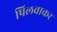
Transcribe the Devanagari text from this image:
पिलवाकर